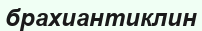
брахиантиклин